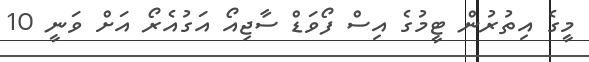
މީގެ އިތުރުން ޓީމުގެ އިސް ފޯވަޑް ސާޖިއޯ އަގުއެރޯ އަށް ވަނީ 10